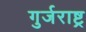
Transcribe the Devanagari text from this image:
गुर्जराष्ट्र